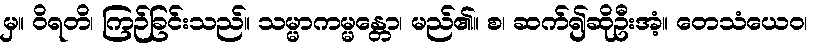
မှ။ ဝိရတိ၊ ကြဉ်ခြင်းသည်။ သမ္မာကမ္မန္တော၊ မည်၏။ စ၊ ဆက်၍ဆိုဦးအံ့။ တေသံယေဝ၊